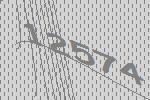
12574